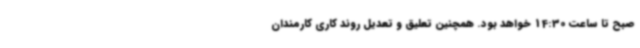
صبح تا ساعت 14:30 خواهد بود. همچنین تعلیق و تعدیل روند کاری کارمندان